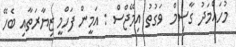
މުހައްމަދު ގާސިމް  ވަގުތު އިމޭޖްސް : އަމީން ފަހްމީ ޒިޔާރަތާއި ބެހޭ